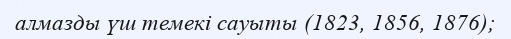
алмазды үш темекі сауыты (1823, 1856, 1876);